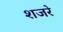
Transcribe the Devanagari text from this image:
शजरे